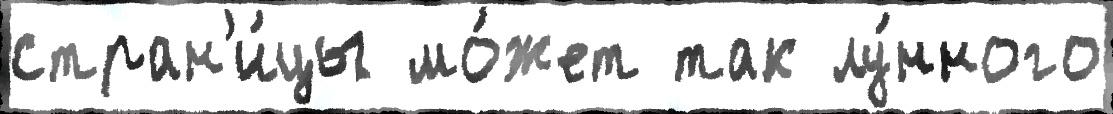
стран'и́цы мо́жет так лу́нного